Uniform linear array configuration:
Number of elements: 24
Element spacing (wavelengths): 0.5
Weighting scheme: hann
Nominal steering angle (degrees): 60
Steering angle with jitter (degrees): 61.698
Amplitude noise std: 0.05
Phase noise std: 0.05

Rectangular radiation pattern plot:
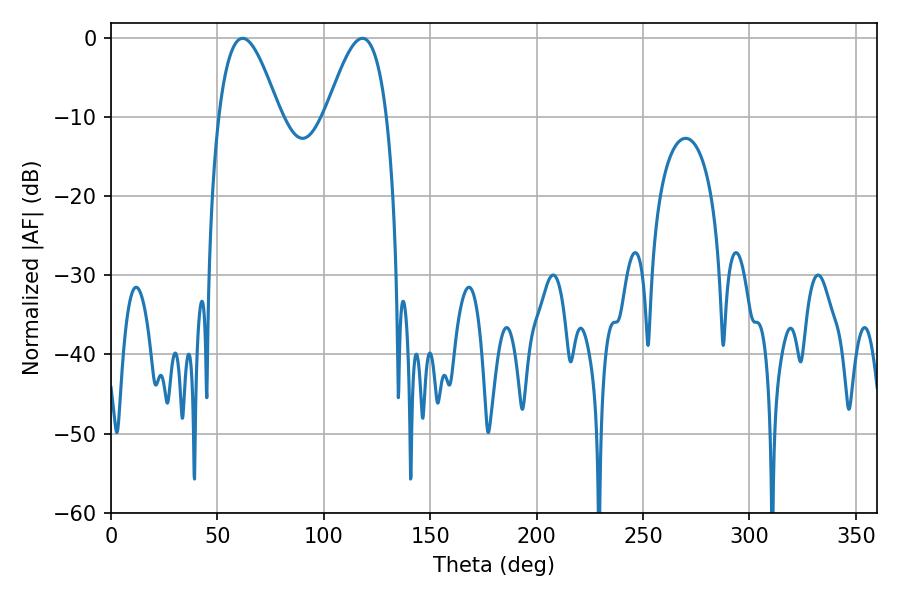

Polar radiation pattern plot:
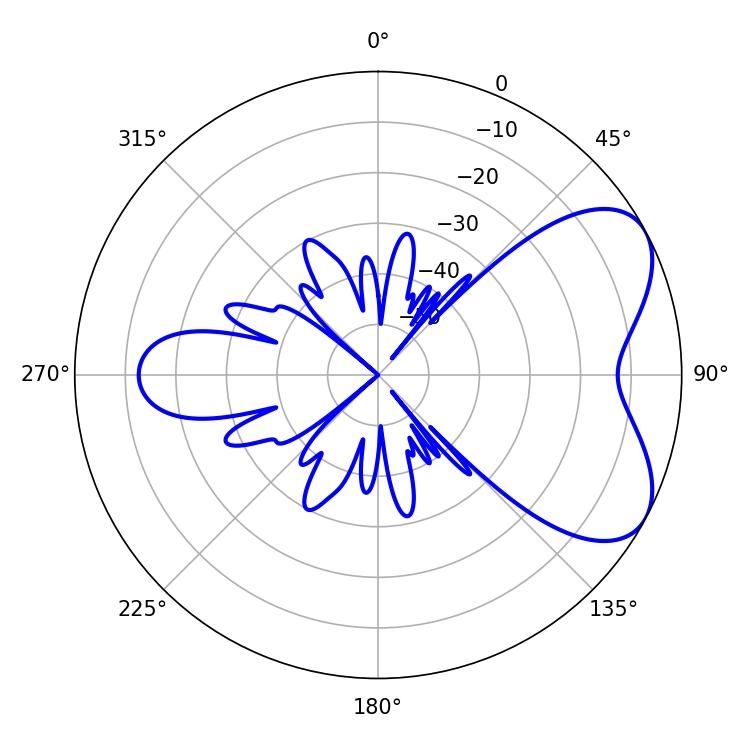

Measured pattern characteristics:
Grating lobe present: FALSE
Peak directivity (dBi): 5.827
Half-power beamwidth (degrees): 15.48
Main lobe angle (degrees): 61.92